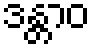
ဒန္တာဝ